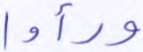
ورأوا